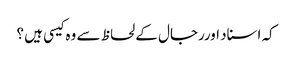
کہ اسناد اوررجال کے لحاظ سے وہ کیسی ہیں ؟